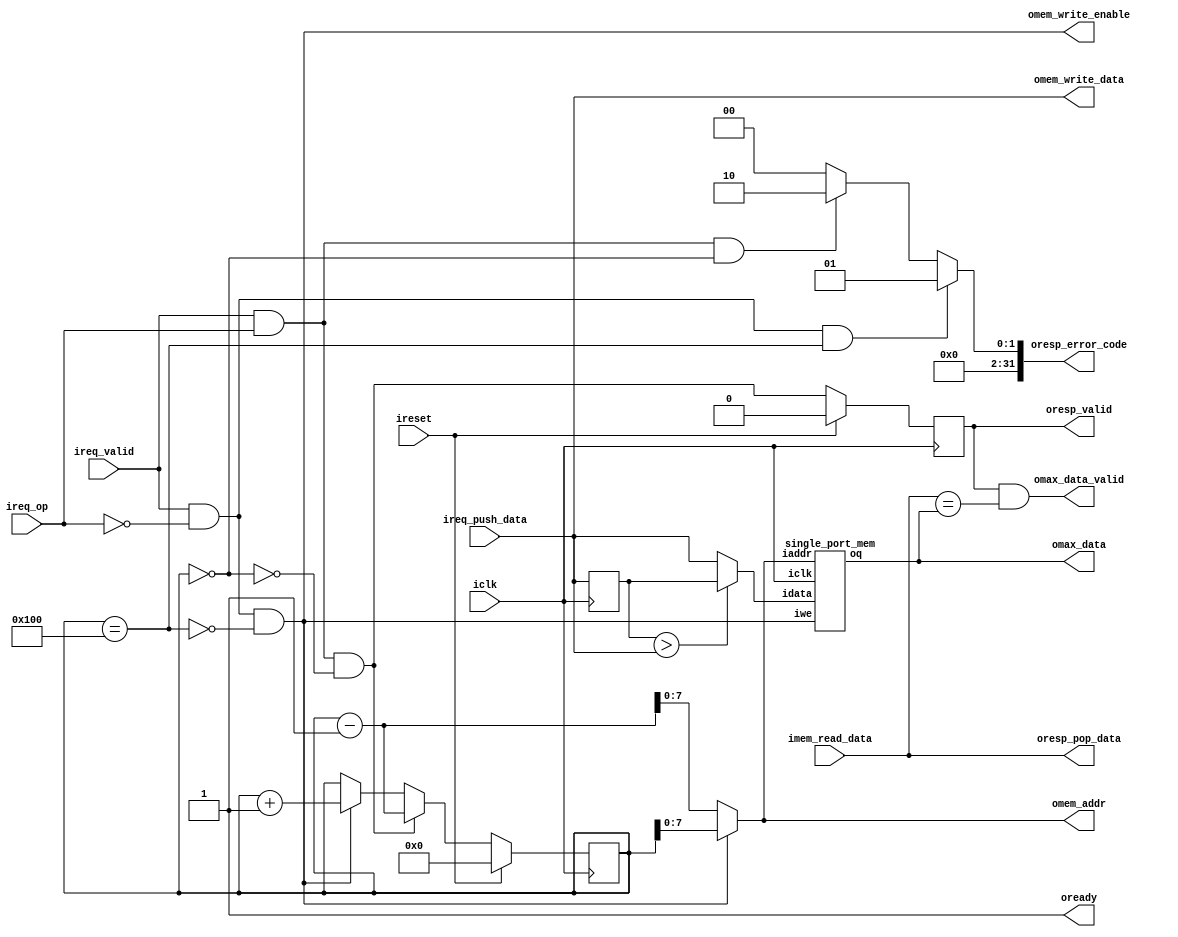
// ====================================================
// v1.0: 2018/11/18 - Thomas
// ====================================================

// ++++++++++++++++++++++++++++++++++++++++
// Global define 
`define 	DW 32
`define		AW 8

// ++++++++++++++++++++++++++++++++++++++++
// Stack interface
module tt_stack (
    input  wire         	iclk,
    input  wire         	ireset,

    // request & response interface
    output wire         	oready,
    input  wire         	ireq_valid,
    input  wire         	ireq_op,             // 0 for push, 1 for pop
    input  wire [`DW-1:0]  	ireq_push_data,
    output reg	         	oresp_valid,
    output wire [`DW-1:0]  	oresp_pop_data,
    output wire [`DW-1:0]  	oresp_error_code,

    // max value interface
    output wire         	omax_data_valid,
    output wire [`DW-1:0]  	omax_data,

    // memory interface
    output wire [`AW-1:0]   omem_addr,
    output wire [`DW-1:0]  	omem_write_data,
    output wire         	omem_write_enable,
    input  wire [`DW-1:0]  	imem_read_data
);

// ----------------------------------------
// Parameters

// ----------------------------------------
// Reg, Wire
reg	 	[`AW:0]		counter;

reg		[`DW-1:0]	s1_tswrdata;
wire				track_stack_write_en;
wire	[`AW-1:0]	track_stack_addr;		
wire	[`DW-1:0]	track_stack_write_data;
wire	[`DW-1:0]	track_stack_read_data;

wire				mem_stack_empty;
wire				mem_stack_full;
wire				mem_stack_push;
wire				mem_stack_pop;

// ----------------------------------------
assign oready = 1'b1;

assign mem_stack_push 		= ireq_valid & ~ireq_op && ~mem_stack_full;
assign mem_stack_pop		= ireq_valid & ireq_op && ~mem_stack_empty;
assign mem_stack_empty 		= (counter == {`AW{1'b0}});
assign mem_stack_full  		= (counter == {1'b1, {`AW{1'b0}}});

assign omem_addr			= mem_stack_push ? counter : (counter - 1'b1);
assign omem_write_enable 	= mem_stack_push;
assign omem_write_data 		= ireq_push_data;
assign oresp_pop_data		= imem_read_data;
								

// Error code
// 00: normal
// 01: push request when stack is full
// 02: pop request when stack is empty
assign oresp_error_code = 	(ireq_valid & ~ireq_op && mem_stack_full) ? 'h01 : 
							(ireq_valid & ireq_op && mem_stack_empty) ? 'h02 : 'h00;

// Stack control unit
always @ (posedge iclk)
begin
	if (ireset)
	begin
		counter	<= {(`AW+1){1'b0}};
	end
	//
	else
	begin
		// push request
		if (mem_stack_push)
			counter	<= counter + 1'b1;
		// pop request
		if (mem_stack_pop)
			counter	<= counter - 1'b1;
	end
end

always @ (posedge iclk)
begin
	oresp_valid	<= ireset ? 1'b0: mem_stack_pop;
end


// Track stack control unit
assign track_stack_write_en 	= mem_stack_push;
assign track_stack_addr			= omem_addr;
assign track_stack_write_data	= (s1_tswrdata > ireq_push_data) ? s1_tswrdata : ireq_push_data;

always @ (posedge iclk)
	s1_tswrdata	<= ireq_push_data;
	
assign omax_data  		= track_stack_read_data;
assign omax_data_valid 	= oresp_valid & (imem_read_data == track_stack_read_data);

// ----------------------------------------
// Module call
single_port_mem TRACK_STACK_00
(
	.iclk				(iclk),
	.iwe				(track_stack_write_en), 
	.iaddr				(track_stack_addr),
	.idata				(track_stack_write_data),
	.oq					(track_stack_read_data)
);

endmodule


// ++++++++++++++++++++++++++++++++++++++++
// Single port memory
module single_port_mem
(
	input				iclk,
	input 				iwe, 
	input 	[`AW-1:0] 	iaddr,
	input 	[`DW-1:0]	idata,
	output 	[`DW-1:0]	oq
);

	// ----------------------------------------
	// Reg, Wire
	reg	 	[`DW-1:0]	sp_mem [0:(2**`AW)-1];		
	// Variable to hold the registered read address
	reg 	[`AW-1:0] 	addr_reg;
	
	// ----------------------------------------
	always @ (posedge iclk)
	begin
	// Write
		if (iwe)
			sp_mem[iaddr] <= idata;		
		addr_reg <= iaddr;		
	end
		
	// Continuous assignment implies read returns NEW data.
	// This is the natural behavior of the TriMatrix memory
	// blocks in Single Port mode.  
	assign oq = sp_mem[addr_reg];
	
endmodule